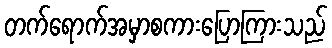
တက်ရောက်အမှာစကားပြောကြားသည်